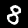
Label: 8